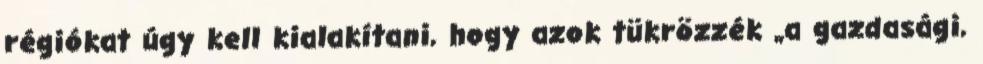
régiókat úgy kell kialakítani, hogy azok tükrözzék „a gazdasági,